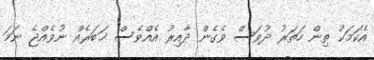
އެކަމަކު ތިން ހަތަރު ދުވަސް ވެގެން ދާއިރު އެއްވެސް ޚަބަރެއް ނުވެއްޖެ ނަމަ